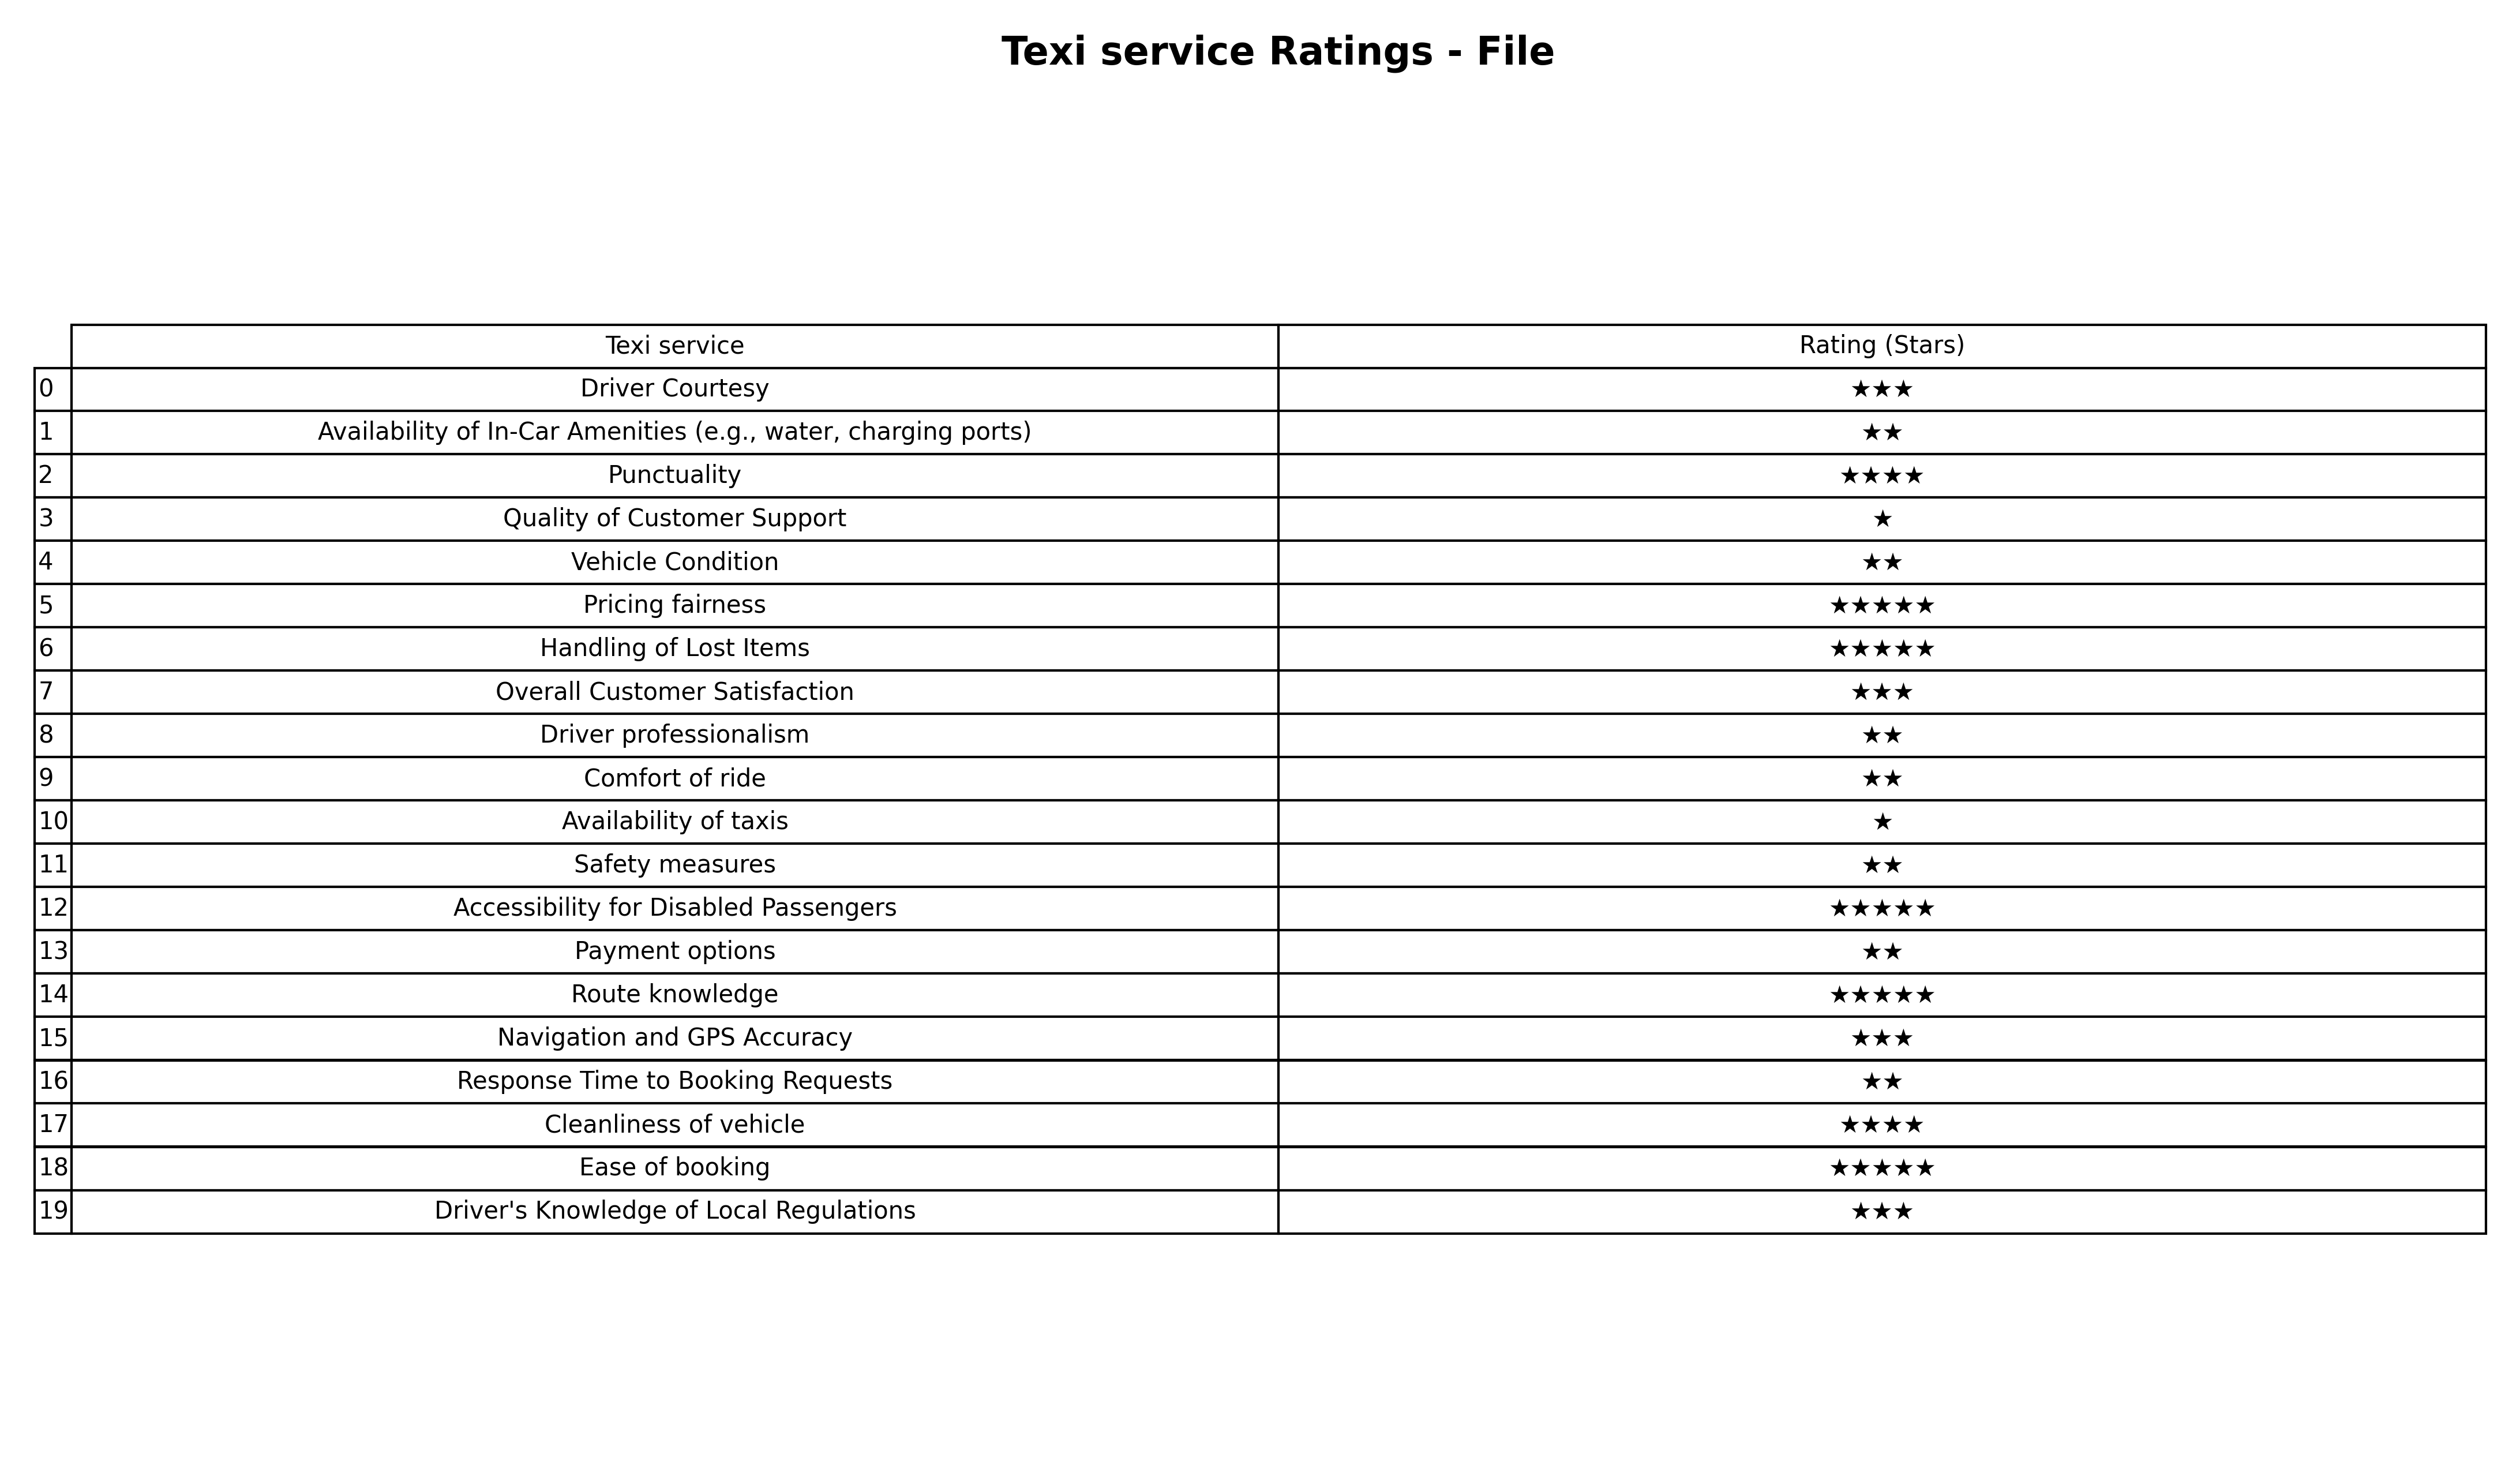
question: What is the rating of Pricing fairness?
answer: ★★★★★